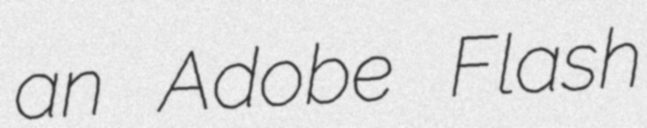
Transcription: an Adobe Flash